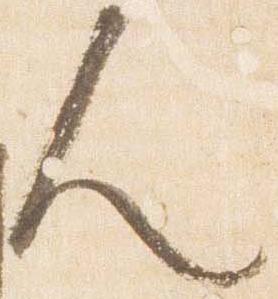
人